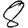
Digit: 8